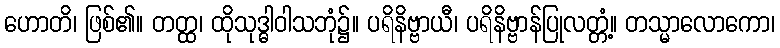
ဟောတိ၊ ဖြစ်၏။ တတ္ထ၊ ထိုသုဒ္ဓါဝါသဘုံ၌။ ပရိနိဗ္ဗာယီ၊ ပရိနိဗ္ဗာန်ပြုလတ္တံ့။ တသ္မာလောကော၊